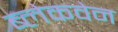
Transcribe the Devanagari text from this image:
ब्लेकवेन